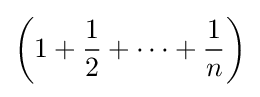
\left(1+{\frac {1}{2}}+\cdots +{\frac {1}{n}}\right)